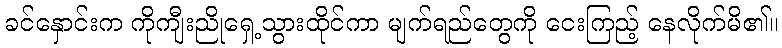
ခင်နှောင်းက ကိုကျီးညိုရှေ့သွားထိုင်ကာ မျက်ရည်တွေကို ငေးကြည့် နေလိုက်မိ၏။